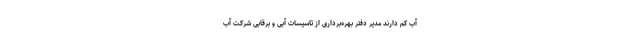
آب کم دارند مدیر دفتر بهره‌برداری از تاسیسات آبی و برقابی شرکت آب